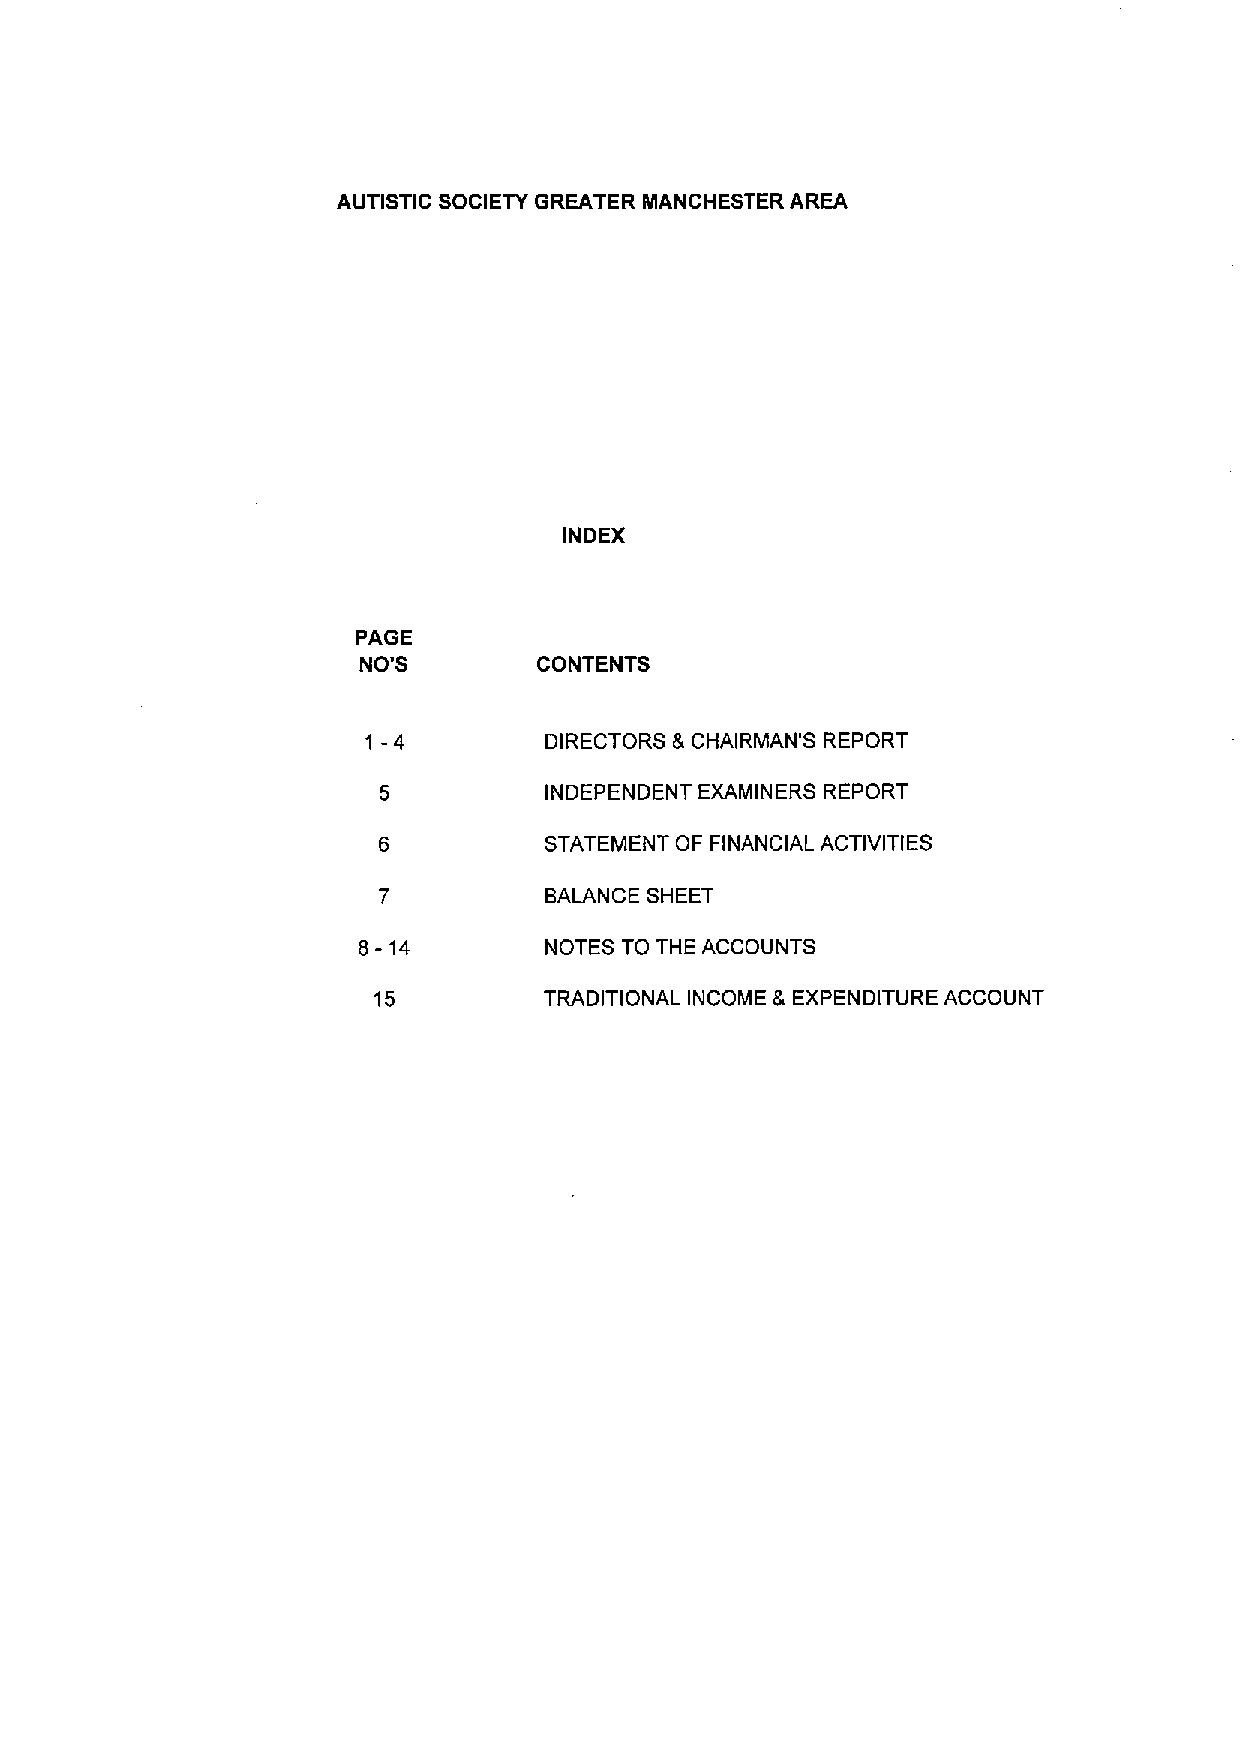
AUTISTIC SOCIETY GREATER MANCHESTER AREA
 INDEX
 PAGE
 NO'S        CONTENTS
 1-4
 DIRECTORS &CHAIRMAN'S REPORT
 INDEPENDENT EXAMINERS REPORT
 STATEMENT OF FINANCIAL ACTIVITIES
 BALANCE SHEET
 8-14
 NOTES TO THE ACCOUNTS
 15         TRADITIONAL INCOME &EXPENDITURE ACCOUNT